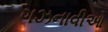
ગઝનાવીઓ